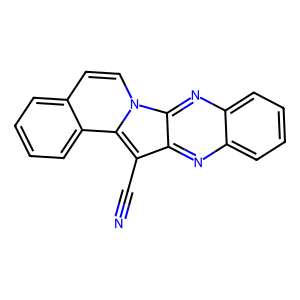
SMILES: N#Cc1c2nc3ccccc3nc2n2ccc3ccccc3c12
Inhibits HIV replication: No